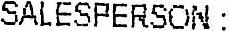
SALESPERSON :